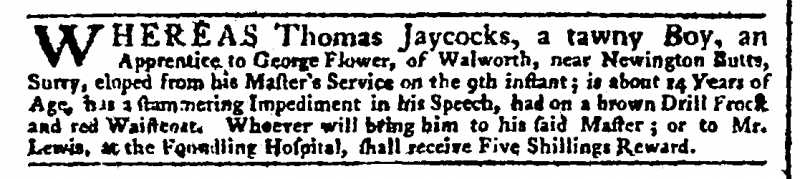
Daily Advertiser, 21 August 1772 (England)
WHEREAS Thomas Jaycocks, a tawny Boy, an Apprentice to George Flower, of Walworth, near Newington Butts, Surry, eloped from his Master’s Service on the 9th instant; is about 14 Years of Age, has a stammering Impediment in his Speech, had on a brown Drill Frock and red Waistcoat. Whoever will bring him to his said Master; or to Mr. Lewis, at the Foundling Hospital, shall receive Five Shillings Reward.